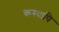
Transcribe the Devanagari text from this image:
कस्यापि